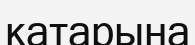
катарына